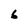
Character: 6